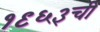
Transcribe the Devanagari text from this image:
१९६३ची